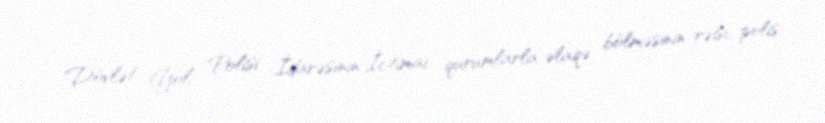
Dövlət Yol Polisi İdarəsinin İctimai qurumlarla əlaqə bölməsinin rəisi, polis